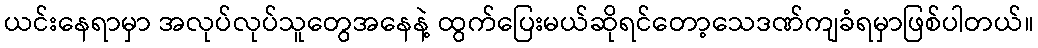
ယင်းနေရာမှာ အလုပ်လုပ်သူတွေအနေနဲ့ ထွက်ပြေးမယ်ဆိုရင်တော့သေဒဏ်ကျခံရမှာဖြစ်ပါတယ်။